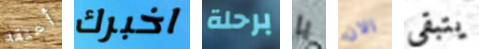
أعتقد اخبرك برحلة يا الان يتبقى